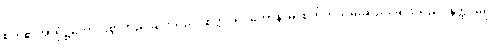
စိတ်၏အာရုံ၌ကောင်းစွာတည်ခြင်းသည်။ စိတ္တပရိဂ္ဂဟောနာမ၊ စိတ်ကိုသိမ်းဆည်းခြင်းသည်။ နတ္ထိ၊ မရှိ။